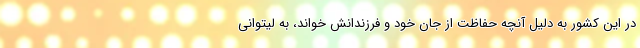
در این کشور به دلیل آنچه حفاظت از جان خود و فرزندانش خواند، به لیتوانی